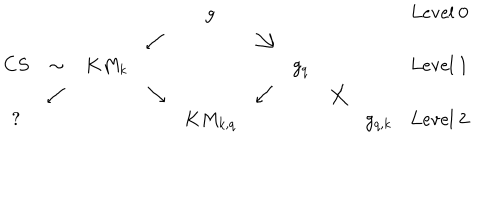
\begin{array} { c c c c c c c c c l } { { \ } } & { { \ } } & { { \ } } & { { \ } } & { { g } } & { { \ } } & { { \ } } & { { \ } } & { { \ } } & { { \mathrm { L e v e l } \ 0 } } \\ { { \ } } & { { \ } } & { { \ } } & { { \swarrow } } & { { \ } } & { { \searrow } } & { { \ } } & { { \ } } & { { \ } } \\ { { C S } } & { { \sim } } & { { K M _ { k } } } & { { \ } } & { { \ } } & { { \ } } & { { g _ { q } } } & { { \ } } & { { \ } } & { { \mathrm { L e v e l } \ 1 } } \\ { { \ } } & { { \swarrow } } & { { \ } } & { { \searrow } } & { { \ } } & { { \swarrow } } & { { \ } } & { { \searrow } } & { { \ } } \\ { { ? } } & { { \ } } & { { \ } } & { { \ } } & { { K M _ { k , q } } } & { { \ } } & { { \ } } & { { \ } } & { { g _ { q , k } } } & { { \mathrm { L e v e l } \ 2 } } \\ \end{array}